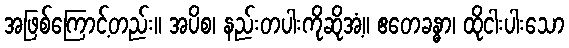
အဖြစ်ကြောင့်တည်း။ အပိစ၊ နည်းတပါးကိုဆိုအံ့။ ဧတေခန္ဓာ၊ ထိုငါးပါးသော